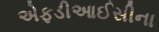
એફડીઆઈસીના